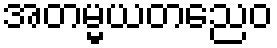
အတမ္မယတညေဝ